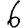
Digit: 6